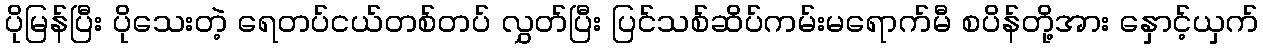
ပိုမြန်ပြီး ပိုသေးတဲ့ ရေတပ်ငယ်တစ်တပ် လွှတ်ပြီး ပြင်သစ်ဆိပ်ကမ်းမရောက်မီ စပိန်တို့အား နှောင့်ယှက်